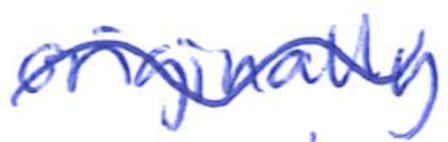
Text: originally
Cross-out: wave
Writing tool: ballpoint